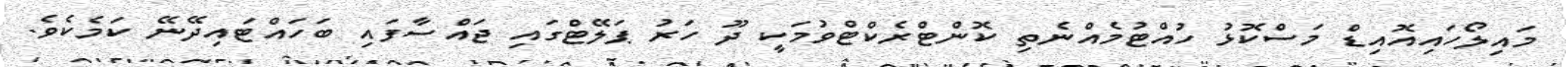
މައިލޯހައިއޮއިޑް މަސްކޮޅު ހުއްޓުމެއްނެތި ކޮންޓްރެކްޓްވުމަކީ ދޫ ހަރު ޕަލޭޓްގައި ޖައްސާފައި ބަހައްޓައިދޭނޭ ކަމެކެވެ.